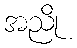
အညို